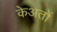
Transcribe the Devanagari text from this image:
केअतों